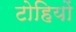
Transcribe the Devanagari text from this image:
टोहियों